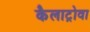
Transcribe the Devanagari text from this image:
कैलाट्रोवा